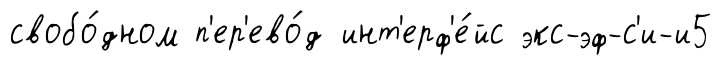
свобо́дном п'ер'ево́д инт'ерф'е́йс экс-эф-с'и-и5